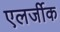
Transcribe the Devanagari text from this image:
एलर्जीक